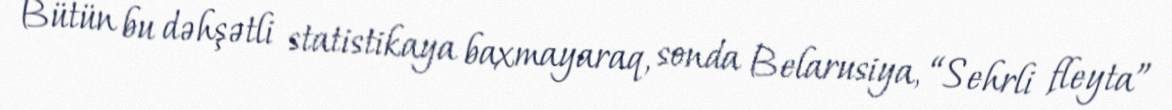
Bütün bu dəhşətli statistikaya baxmayaraq, sonda Belarusiya, “Sehrli fleyta”